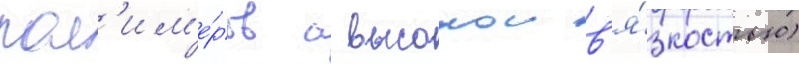
пол'им'е́ров с высокои в'я́зкостью)